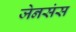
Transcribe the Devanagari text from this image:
जेनसंस